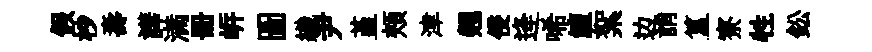
假杪壽譁满册㟁圖織尹堇頰津翹侵逄唏鱣絮边誚簋寮牲鈆